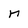
Character: n